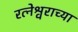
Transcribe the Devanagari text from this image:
रत्नेश्वराच्या